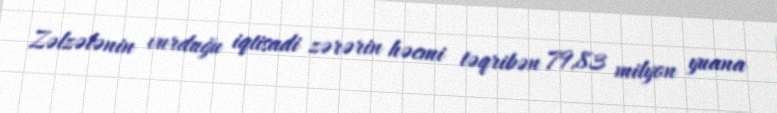
Zəlzələnin vurduğu iqtisadi zərərin həcmi təqribən 79,83 milyon yuana